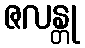
ဇလန္တု